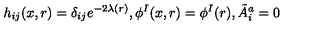
h _ { i j } ( x , r ) = \delta _ { i j } e ^ { - 2 \lambda ( r ) } , \phi ^ { I } ( x , r ) = \phi ^ { I } ( r ) , \tilde { A } _ { i } ^ { a } = 0